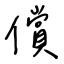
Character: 償